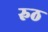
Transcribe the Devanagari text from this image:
रुठ